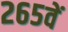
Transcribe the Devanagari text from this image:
२६५वें